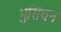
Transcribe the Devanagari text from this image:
भुसिंचन